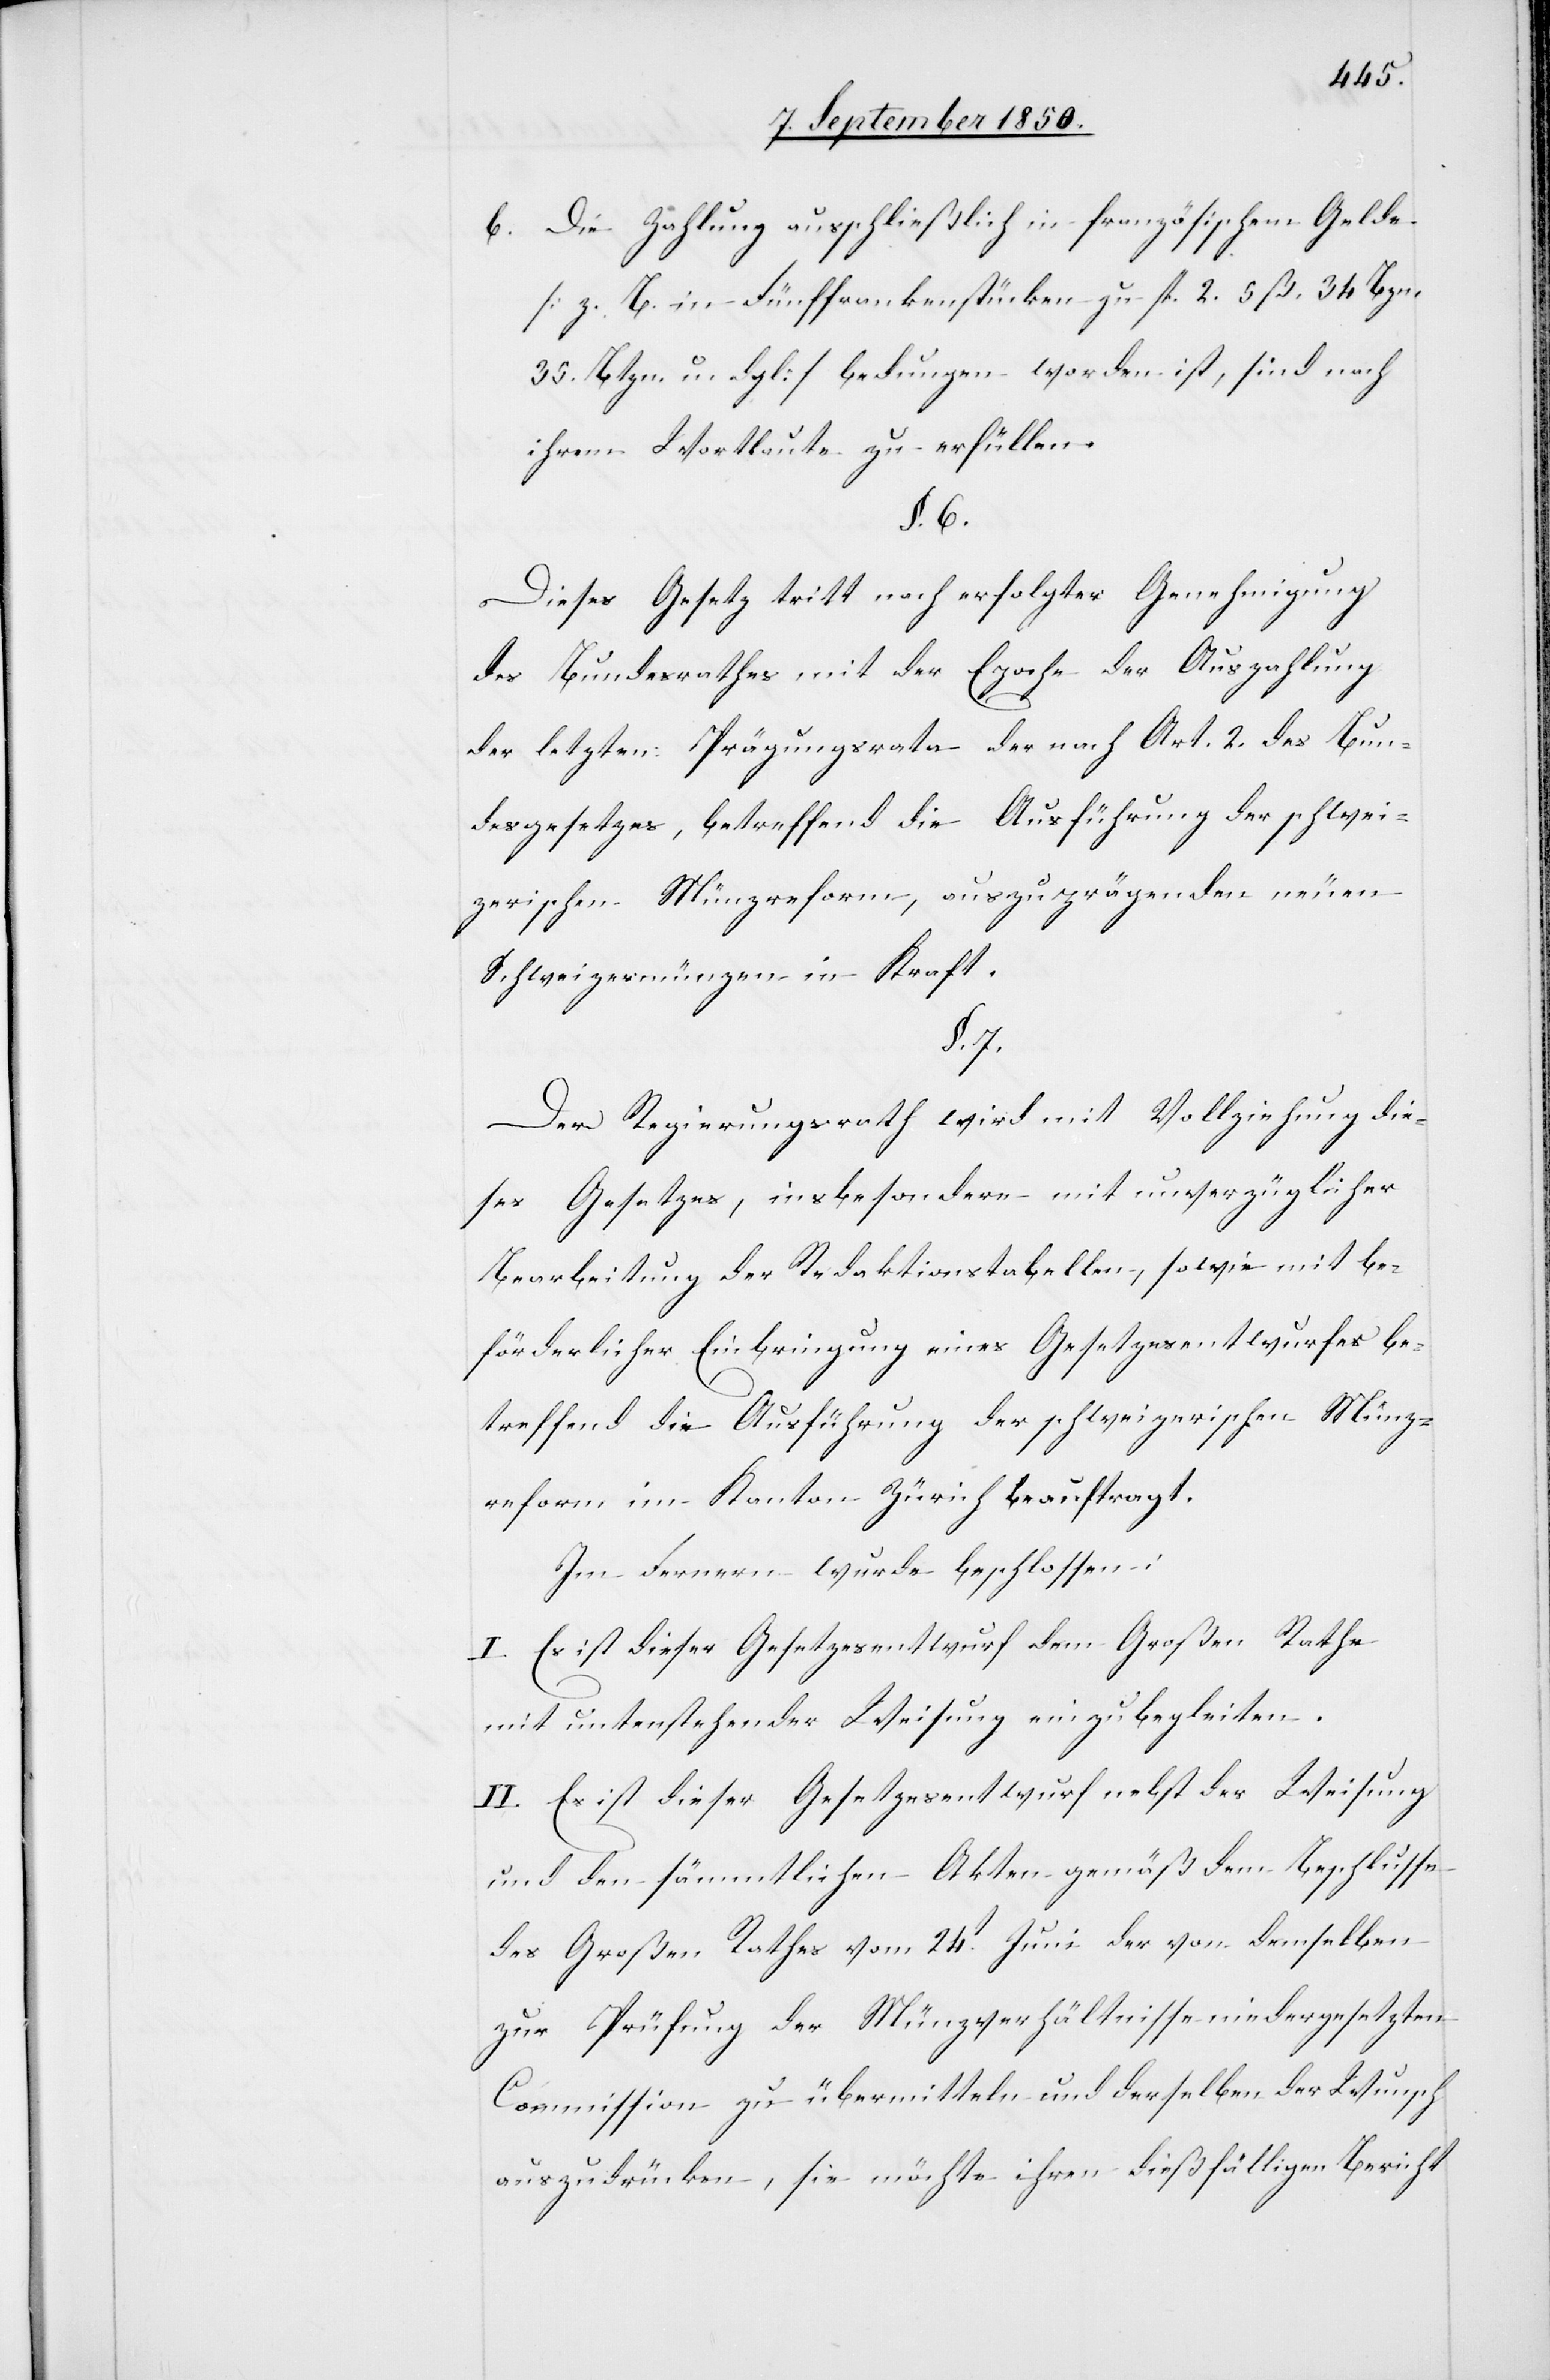
b. Die Zahlung ausschließlich in französischem Gelde
[z. B. in Fünffrankenstücken zu fl. 2. 5 ß. 34 Bzn.
35. Btzn. u. dgl] bedungen worden ist, sind nach
ihrem Wortlaute zu erfüllen.
§. 6.
Dieses Gesetz tritt nach erfolgter Genehmigung
des Bundesrathes mit der Epoche der Auszahlung
der letzten Prägungsrata der nach Art. 2. des Bun¬
desgesetzes, betreffend die Ausführung der schwei¬
zerischen Münzreform, auszuprägenden neuen
Schweizermünzen in Kraft.
§. 7.
Der Regierungsrath wird mit Vollziehung die¬
ses Gesetzes, insbesondere mit unverzüglicher
Bearbeitung der Redaktionstabellen [sic!], sowie mit be¬
förderlicher Einbringung eines Gesetzesentwurfes be¬
treffend die Ausführung der schweizerischen Münz¬
reform im Kanton Zürich beauftragt.
Im Fernern wurde beschlossen:
I. Es ist dieser Gesetzesentwurf dem Großen Rathe
mit untenstehender Weisung einzubegleiten.
II. Es ist dieser Gesetzesentwurf nebst der Weisung
und den sämmtlichen Akten gemäß dem Beschlusse
des Großen Rathes vom 24t Juni der von demselben
zur Prüfung der Münzverhältnisse niedergesetzten
Commission zu übermitteln und derselben der Wunsch
auszudrücken, sie möchte ihren dießfälligen Bericht